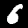
Label: 6